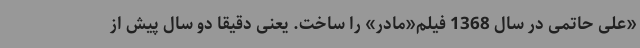
«علی حاتمی در سال 1368 فیلم«مادر» را ساخت. یعنی دقیقا دو سال پیش از